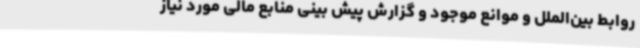
روابط بین‌الملل و موانع موجود و گزارش پیش بینی منابع مالی مورد نیاز